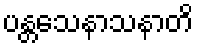
ပန္တသေနာသနာတိ